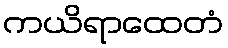
ကယိရာထေတံ